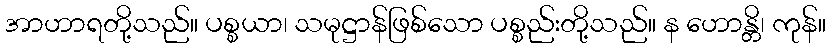
အာဟာရတို့သည်။ ပစ္စယာ၊ သမုဋ္ဌာန်ဖြစ်သော ပစ္စည်းတို့သည်။ န ဟောန္တိ၊ ကုန်။